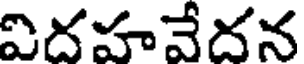
విదహవేదన